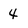
Character: 4